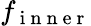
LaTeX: f_{\mathrm{~i~n~n~e~r~}}